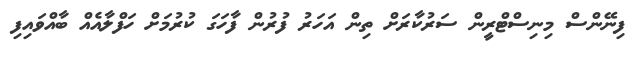
ފިނޭންސް މިނިސްޓްރީން ސަރުކާރަށް ތިން އަހަރު ފުރުން ފާހަގަ ކުރުމަށް ހަފްލާއެއް ބާއްވައިފި